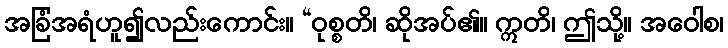
အခြံအရံဟူ၍လည်းကောင်း။ “ဝုစ္စတိ၊ ဆိုအပ်၏။ ဣတိ၊ ဤသို့။ အဝေါစ၊